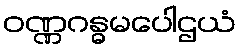
ဝဏ္ဏဂန္ဓမပေါဌယံ